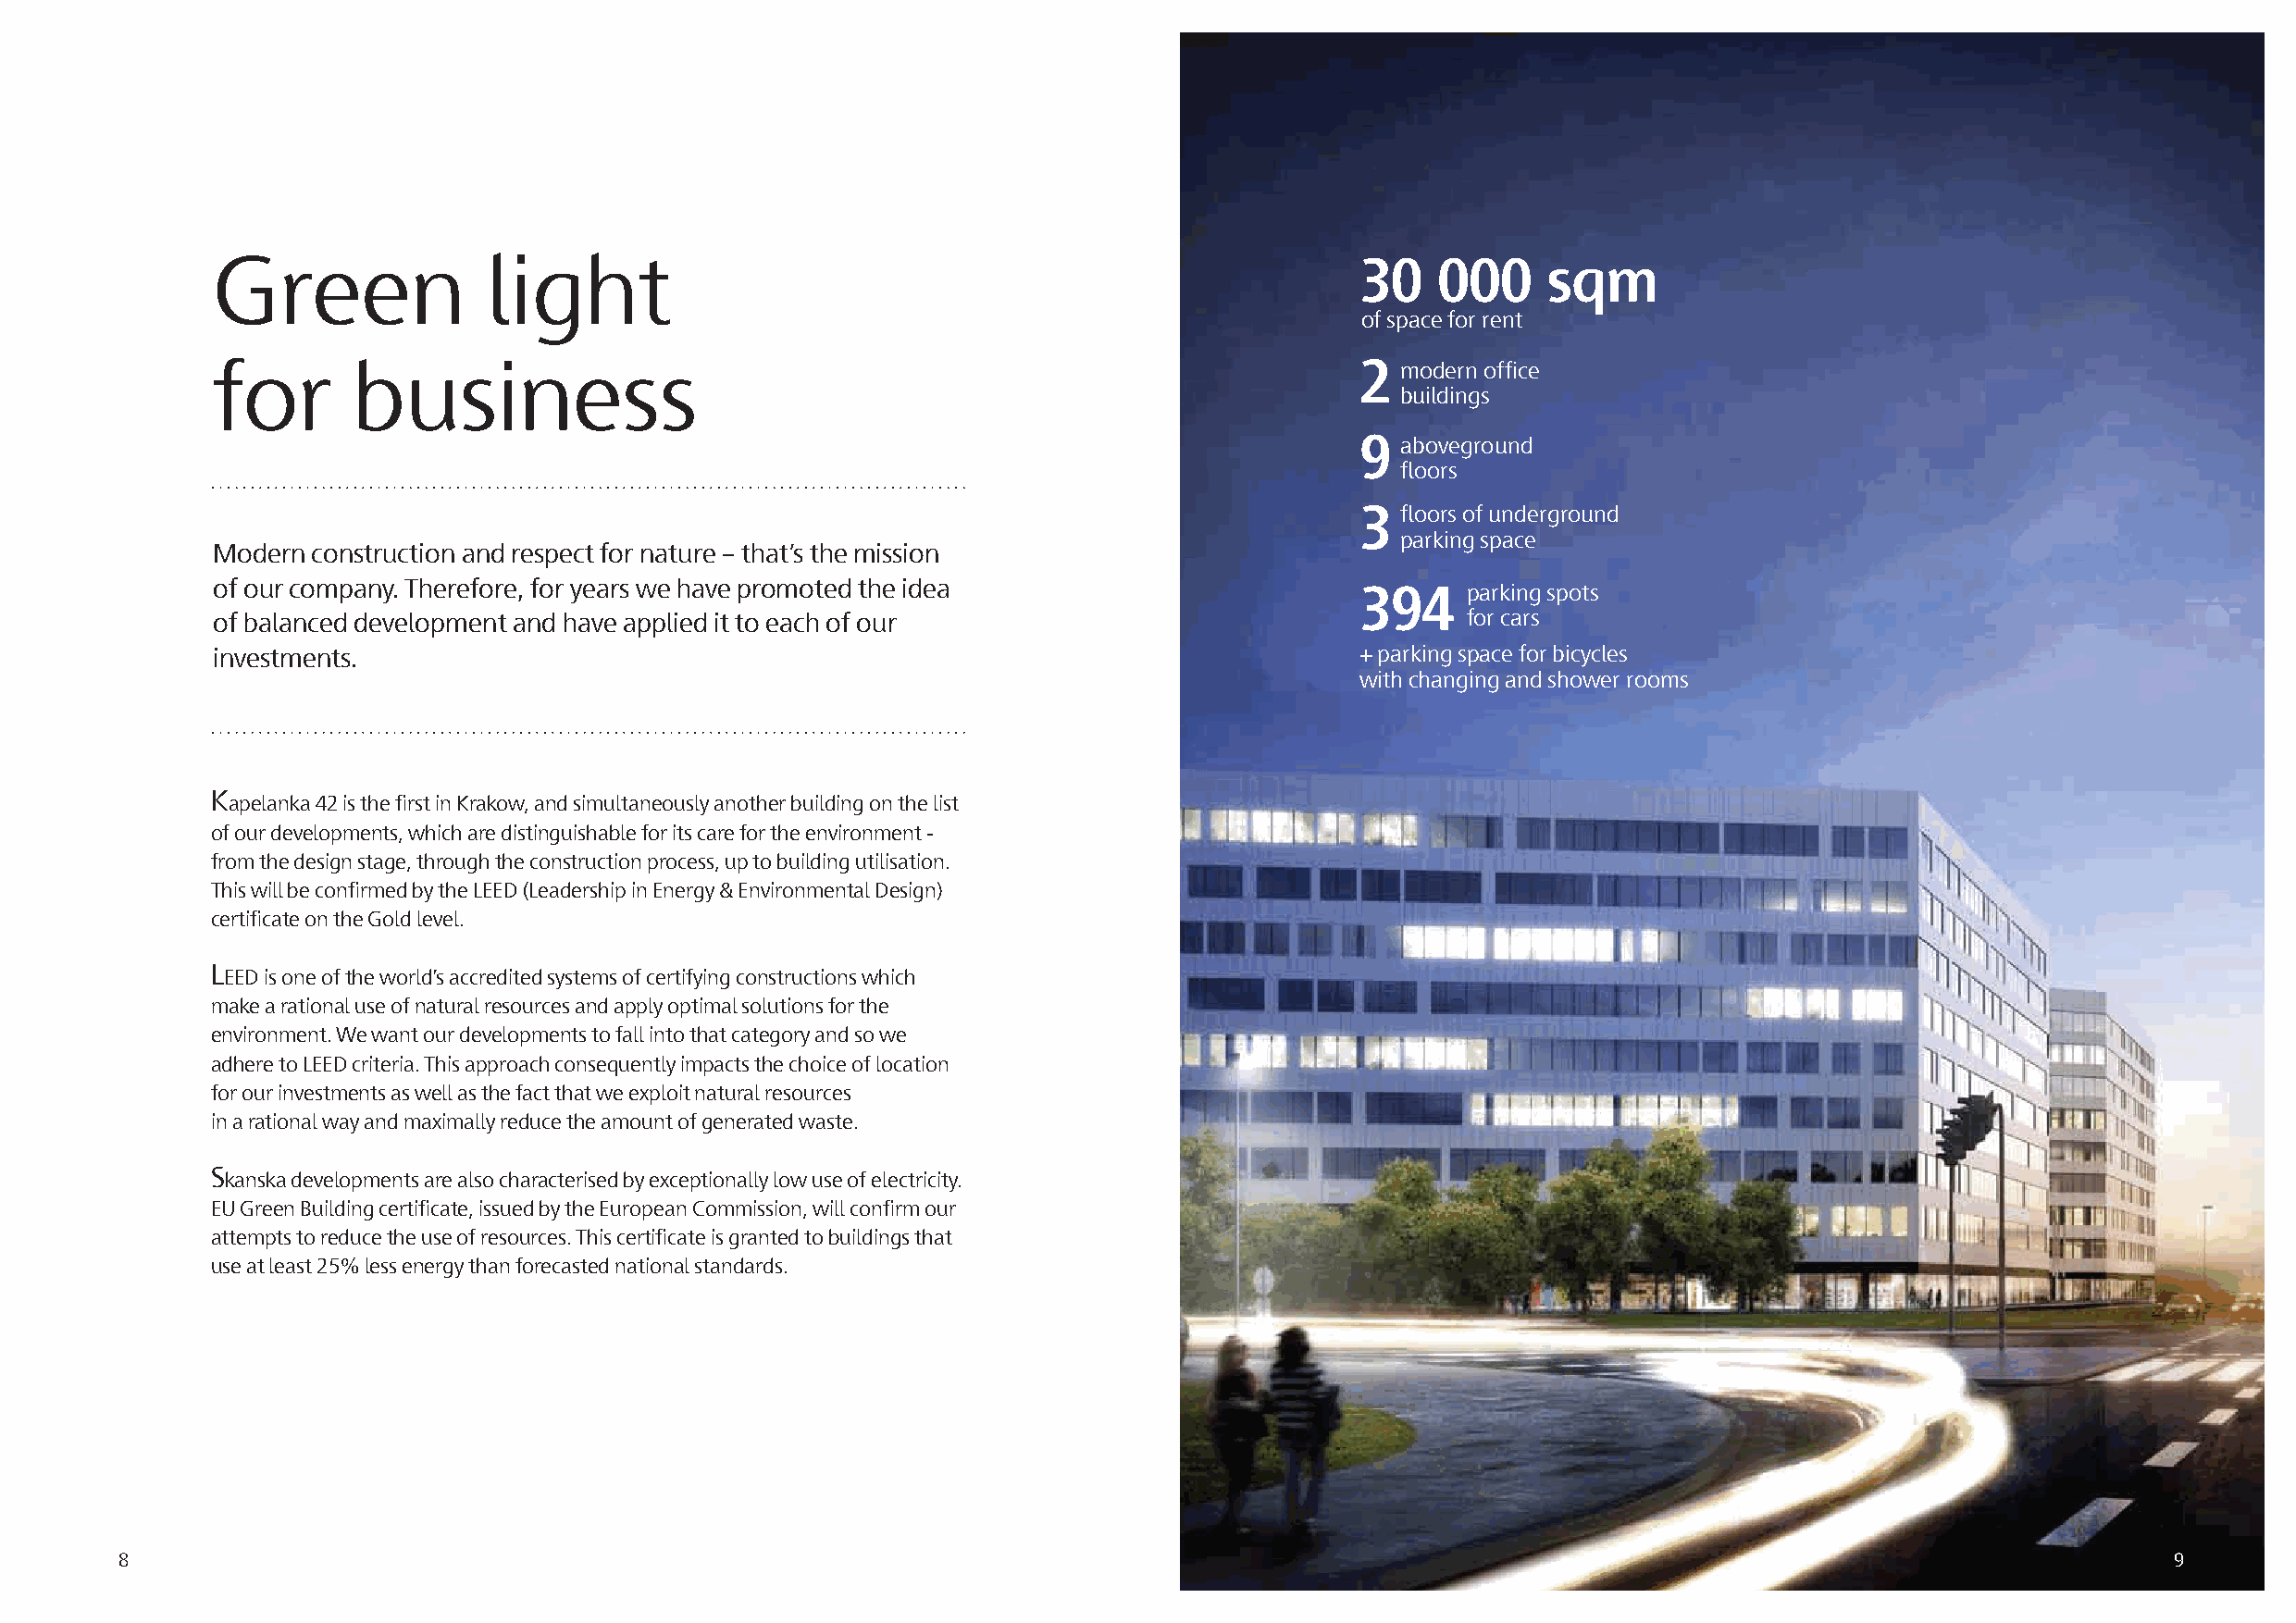
Green               light                                                         30    000     sqm
 of space for rent
 for       business                                                                2  modern office
 buildings
 9  aboveground
 floors
 3  floors of underground
 parking space
 Modern construction and respect for nature – that’s the mission
 of our company. Therefore, for years we have promoted the idea                    394     parking spots
 of balanced development and have applied it to each of our                                for cars
 investments.                                                                      + parking space for bicycles
 with changing and shower rooms
 K
 apelanka 42 is the first in Krakow, and simultaneously another building on the list
 of our developments, which are distinguishable for its care for the environment -
 from the design stage, through the construction process, up to building utilisation.
 This will be confirmed by the LEED (Leadership in Energy & Environmental Design)
 certificate on the Gold level.
 L
 EED is one of the world’s accredited systems of certifying constructions which
 make a rational use of natural resources and apply optimal solutions for the
 environment. We want our developments to fall into that category and so we
 adhere to LEED criteria. This approach consequently impacts the choice of location
 for our investments as well as the fact that we exploit natural resources
 in a rational way and maximally reduce the amount of generated waste.
 S
 kanska developments are also characterised by exceptionally low use of electricity.
 EU Green Building certificate, issued by the European Commission, will confirm our
 attempts to reduce the use of resources. This certificate is granted to buildings that
 use at least 25% less energy than forecasted national standards.
 8                                                                                                                                                  9